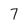
Character: 7